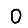
Digit: 0